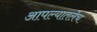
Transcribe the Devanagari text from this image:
आपल्यातलेच